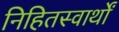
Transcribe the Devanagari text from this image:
निहितस्वार्थों